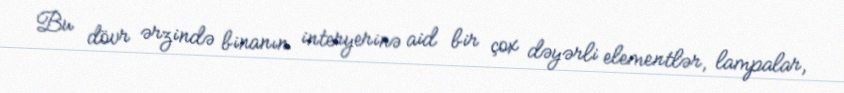
Bu dövr ərzində binanın interyerinə aid bir çox dəyərli elementlər, lampalar,